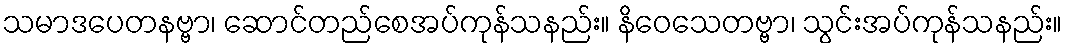
သမာဒပေတနဗ္ဗာ၊ ဆောင်တည်စေအပ်ကုန်သနည်း။ နိဝေသေတဗ္ဗာ၊ သွင်းအပ်ကုန်သနည်း။